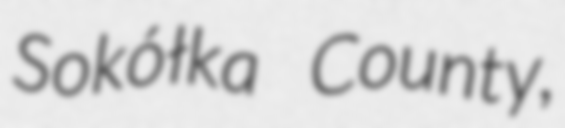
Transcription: Sokółka County,